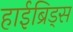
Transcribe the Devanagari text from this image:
हाईब्रिड्स